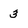
Character: 3